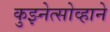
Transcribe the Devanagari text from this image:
कुझ्नेत्सोव्हाने